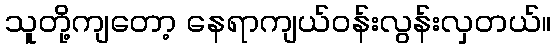
သူတို့ကျတော့ နေရာကျယ်ဝန်းလွန်းလှတယ်။